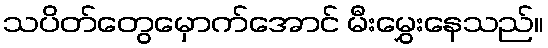
သပိတ်တွေမှောက်အောင် မီးမွှေးနေသည်။